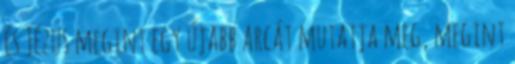
és Jézus megint egy újabb arcát mutatja meg, megint